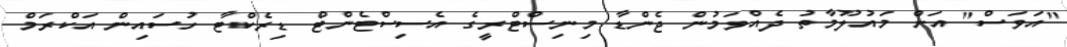
"އަވަސް" އަށް މައުލޫމާތު ދެއްވަމުން ޖެންޑާ މިނިސްޓްރީގެ އެސިސްޓެންޓް ޑިރެކްޓާ ހުސައިން އަކްރަމް